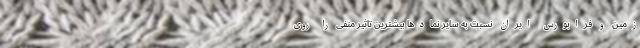
زمین و فرابورس ایران نسبت به سایر نمادها بیشترین تاثیر منفی را روی